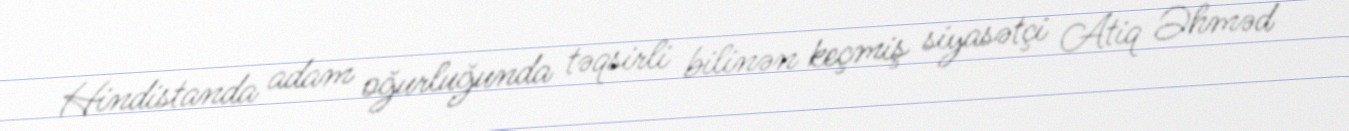
Hindistanda adam oğurluğunda təqsirli bilinən keçmiş siyasətçi Atiq Əhməd